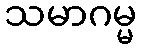
သမာဂမ္မ